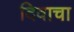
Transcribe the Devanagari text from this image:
दिवाचा